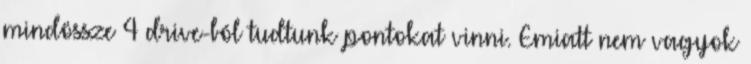
mindössze 4 drive-ból tudtunk pontokat vinni. Emiatt nem vagyok